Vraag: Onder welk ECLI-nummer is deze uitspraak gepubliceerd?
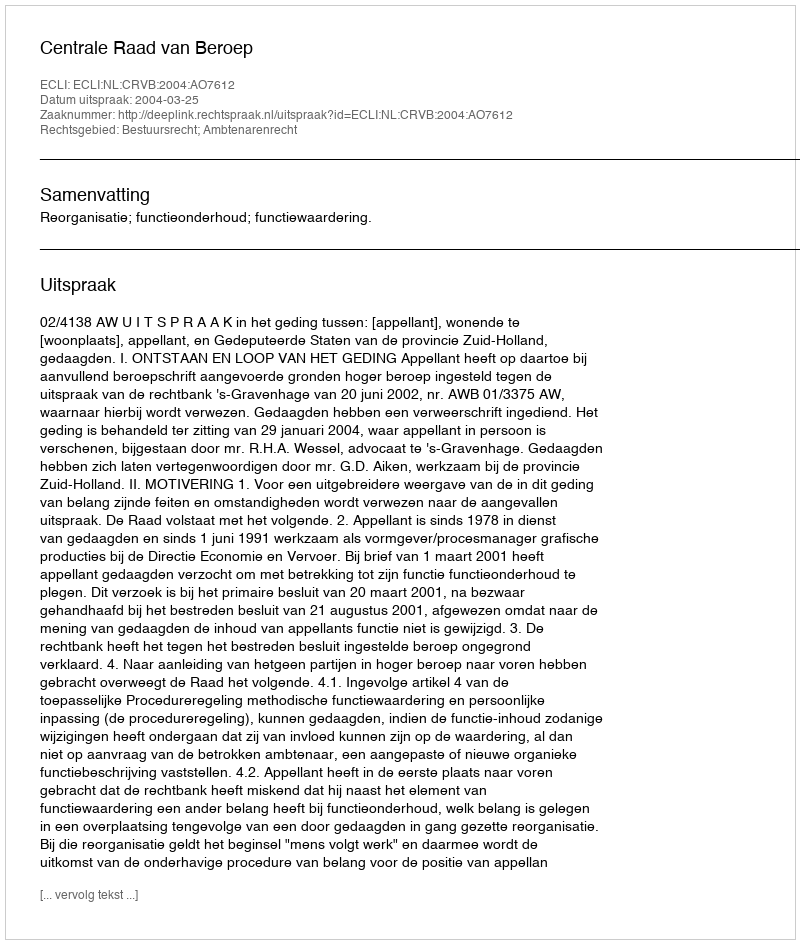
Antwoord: ECLI:NL:CRVB:2004:AO7612